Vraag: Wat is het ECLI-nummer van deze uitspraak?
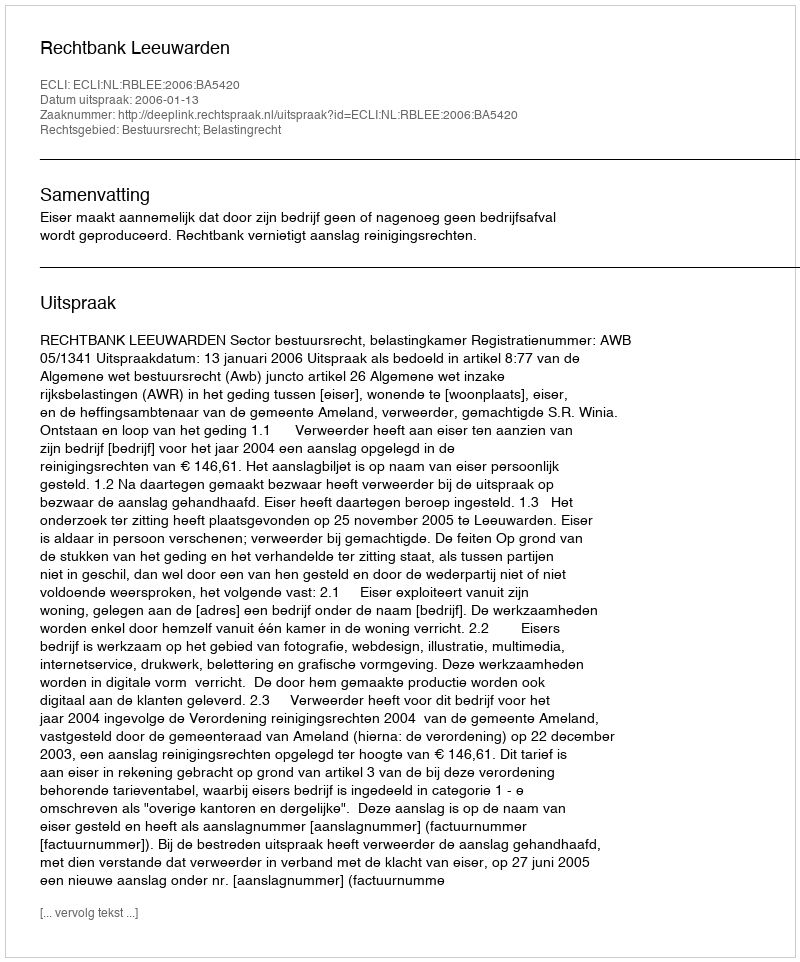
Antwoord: ECLI:NL:RBLEE:2006:BA5420